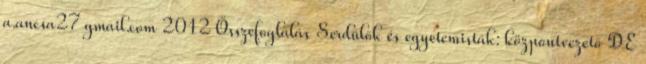
a.ancsa27 gmail.com 2012 Összefoglalás Serdülők és egyetemisták: központvezető DE